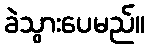
ခဲသွားပေမည်။